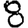
Digit: 8